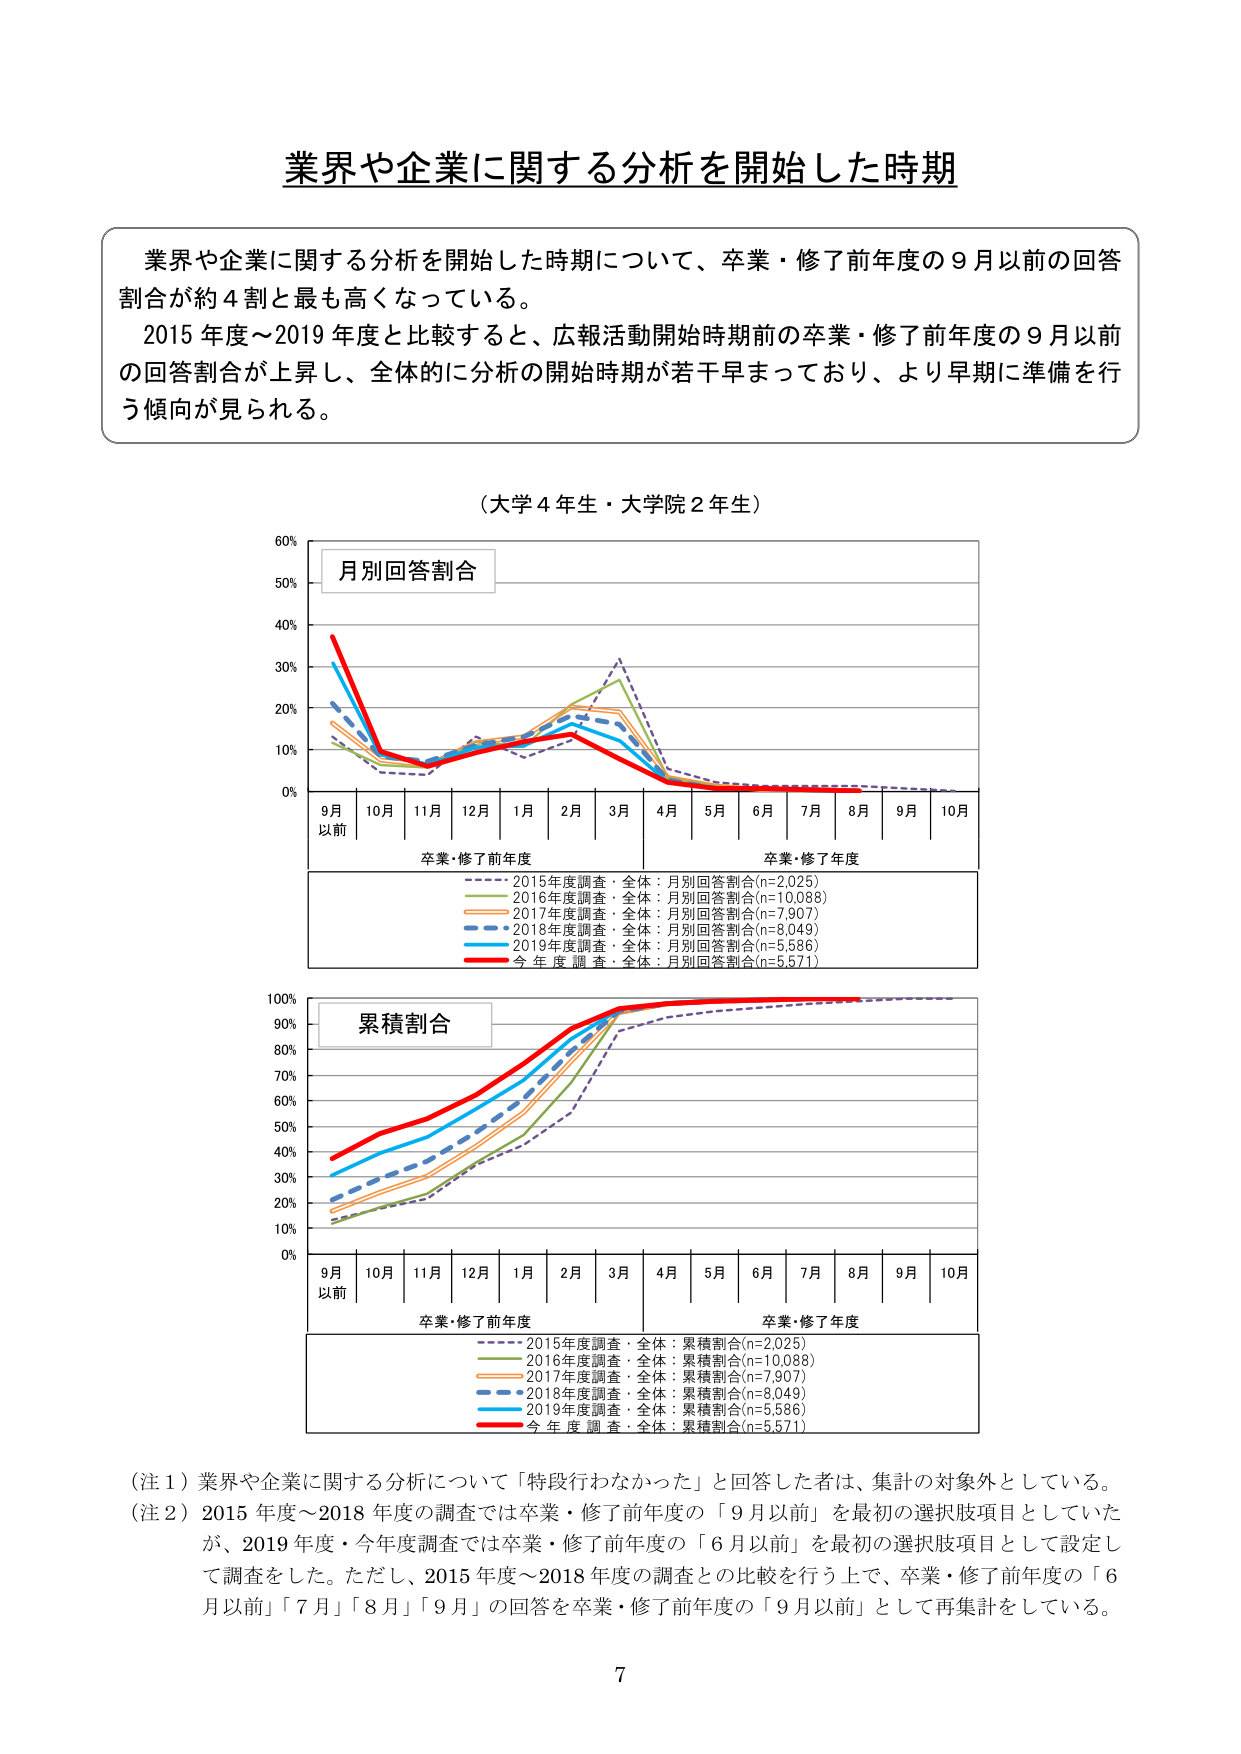
業界や企業に関する分析を開始した時期

業界や企業に関する分析を開始した時期について、卒業・修了前年度の９月以前の回答割合が約４割と最も高くなっている。
2015年度～2019年度と比較すると、広報活動開始時期前の卒業・修了前年度の９月以前の回答割合が上昇し、全体的に分析の開始時期が若干早まっており、より早期に準備を行う傾向が見られる。

（大学４年生・大学院２年生）

月別回答割合

60%
50%
40%
30%
20%
10%
0%

9月
以前
10月
11月
12月
1月
2月
3月
4月
5月
6月
7月
8月
9月
10月

卒業・修了前年度
卒業・修了年度

2015年度調査・全体：月別回答割合(n=2,025)
2016年度調査・全体：月別回答割合(n=10,088)
2017年度調査・全体：月別回答割合(n=7,907)
2018年度調査・全体：月別回答割合(n=8,049)
2019年度調査・全体：月別回答割合(n=5,586)
今年度調査・全体：月別回答割合(n=5,571)

累積割合

100%
90%
80%
70%
60%
50%
40%
30%
20%
10%
0%

9月
以前
10月
11月
12月
1月
2月
3月
4月
5月
6月
7月
8月
9月
10月

卒業・修了前年度
卒業・修了年度

2015年度調査・全体：累積割合(n=2,025)
2016年度調査・全体：累積割合(n=10,088)
2017年度調査・全体：累積割合(n=7,907)
2018年度調査・全体：累積割合(n=8,049)
2019年度調査・全体：累積割合(n=5,586)
今年度調査・全体：累積割合(n=5,571)

（注１）業界や企業に関する分析について「特段行わなかった」と回答した者は、集計の対象外としている。
（注２）2015年度～2018年度の調査では卒業・修了前年度の「９月以前」を最初の選択肢項目としていたが、2019年度・今年度調査では卒業・修了前年度の「６月以前」を最初の選択肢項目として設定して調査をした。ただし、2015年度～2018年度の調査との比較を行う上で、卒業・修了前年度の「６月以前」「７月」「８月」「９月」の回答を卒業・修了前年度の「９月以前」として再集計している。

7